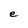
Character: e